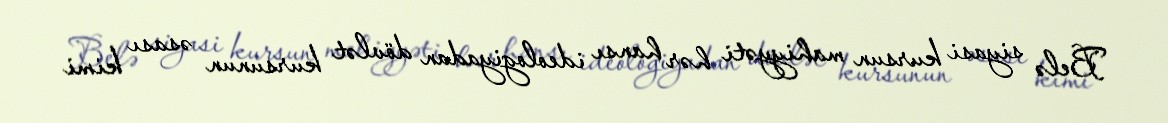
Belə siyasi kursun mahiyyəti hər hansı ideologiyadan dövlət kursunun əsası kimi